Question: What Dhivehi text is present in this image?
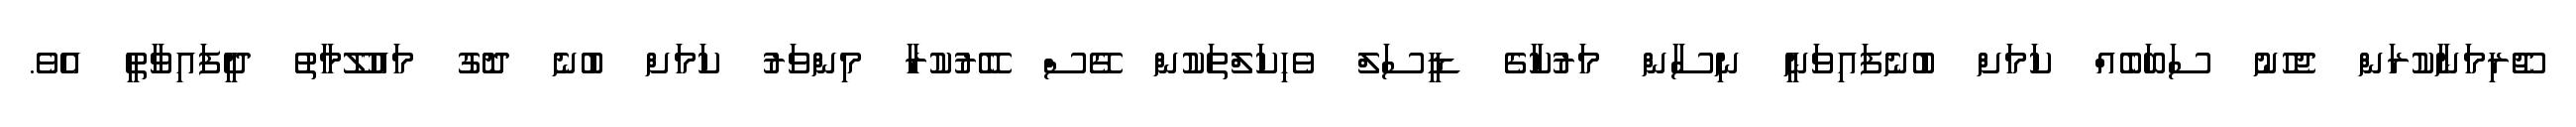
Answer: ޖޫރިމަނާކުރަން ޖެހުނު ސަބަބެއް ކަމަށް ބުނެފައިވަނީ ނިސާން މަރުކާގެ ޑީސަލް ވެހިކަލްތަކުން ގޭސް ބޭރުކުރާ މިންވަރު ކަމަށް ބުނެ ދޮގު މައުލޫމާތު ދީފައިވާތީ އެވެ.